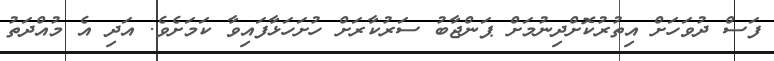
ފަސް ދުވަހަށް އިތުރުކޮށްދިނުމަށް ޕަންޖާބު ސަރުކާރަށް ހުށަހަޅާފައިވާ ކަމަށެެވެ. އަދި އެ މުއްދަތު